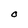
Character: O